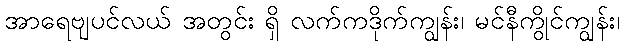
အာရေဗျပင်လယ် အတွင်း ရှိ လက်ကဒိုက်ကျွန်း၊ မင်နီကွိုင်ကျွန်း၊